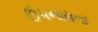
ઉપનામના